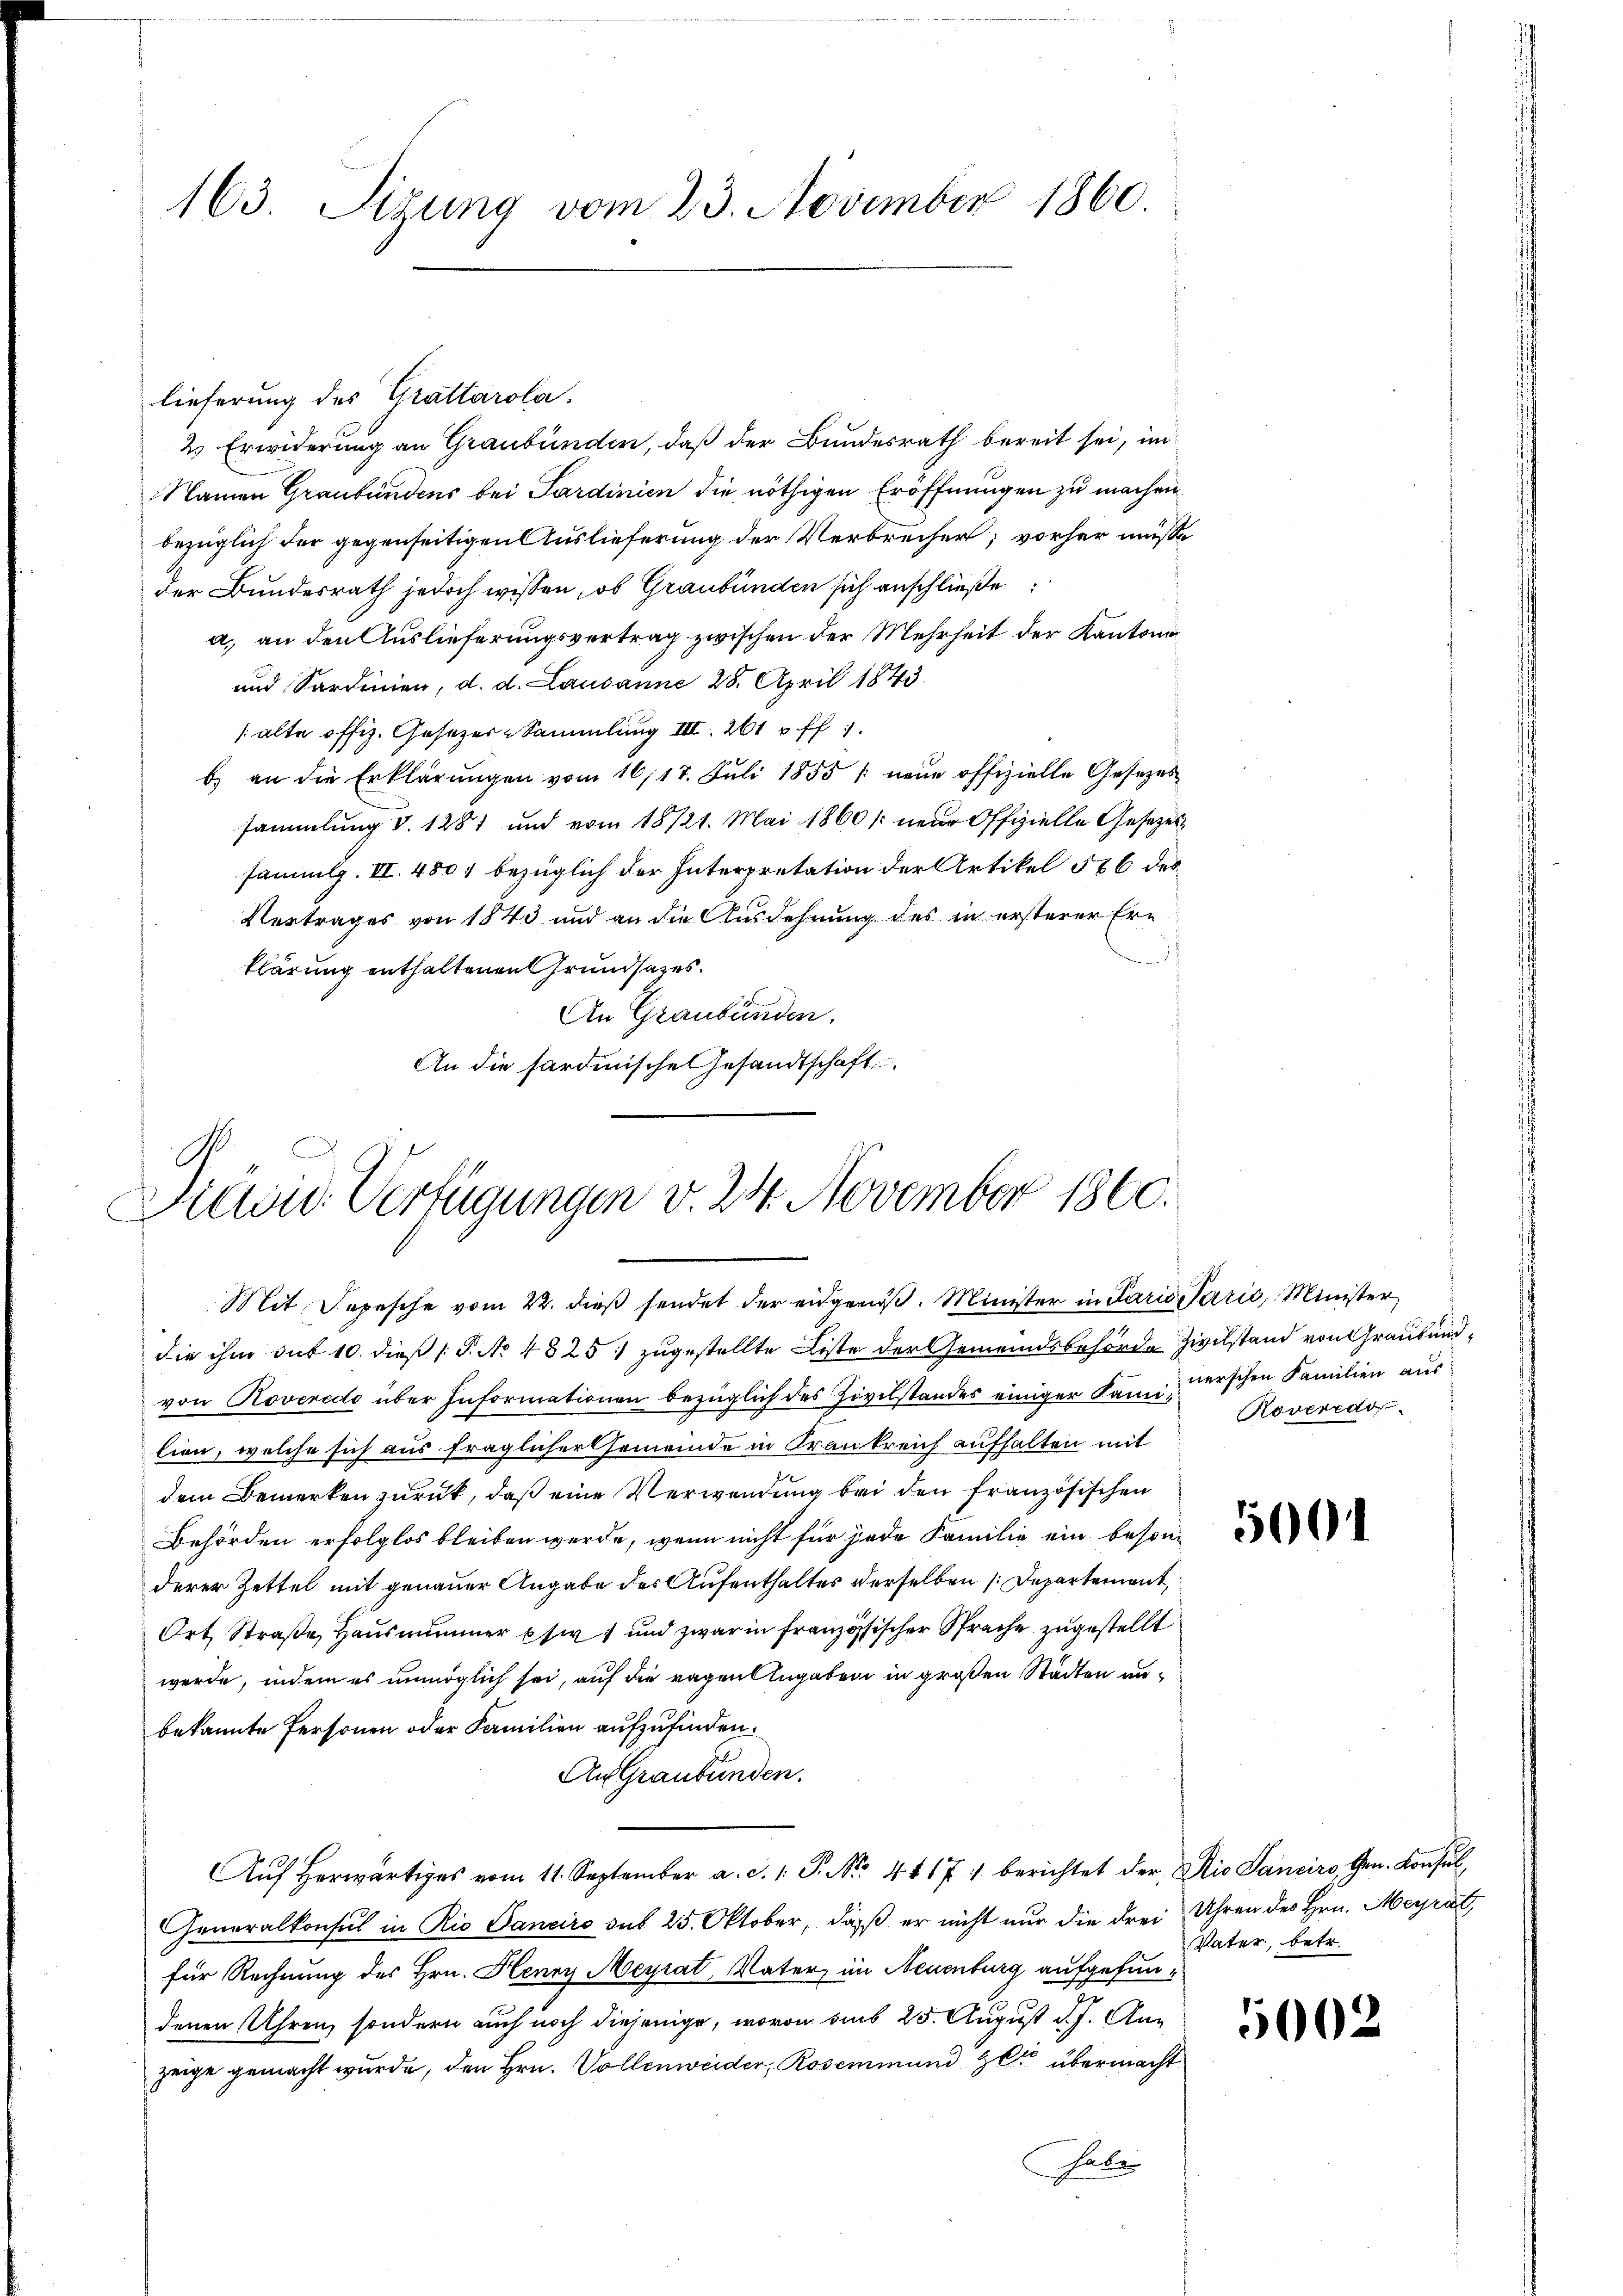
163. Sizung vom 23. November 1860.

lieferung des Grattarola.
2.) Erwiderung an Graubünden, daß der Bundesrath bereit sei, im
Namen Graubündens bei Sardinien die nöthigen Eröffnungen zu machen.
bezüglich der gegenseitigen Auslieferung der Verbrecher; vorher müsse
der Bundesrath jedoch wissen, ob Graubünden sich anschließe
a. an den Auslieferungsvertrag zwischen der Mehrheit der Kantona
und Sardinien, d. d. Lausanne 28. April 1843.
(alte offiz. Gesezes-Sammlung III 261 ff.
b) an die Erklärungen vom 16/17. Juli 1855 neue offizielle Gesezessammlung v. 1281 und vom 18/21. Mai 1860 /: neue Offizielle Gesezessammlg. II. 4801 bezüglich der Interpretation der Artikel 586 des¬
Vertrages von 1843 und an die Ausdehnung des in ersterer Ern

klärung enthaltenen Grundsatzes.
An Graubünden.
An die sardinische Gesandtschaft

Präsid. Verfügungen v. 24. November 1860.

die ihm sub 10. dieß (T. No 4825. zugestellte Liste der Gemeindsbehörde Zivilstand von Graubunvon Roveredo über Informationen bezüglich des Zivilstandes einiger Kami, derschen Familien aus
lien, welche sich aus fraglicher Gemeinde in Krankreich aufhalten mit
dem Bemerken zurück, daß eine Verwendung bei den französischen
Behörden erfolglos bleiben werde, wenn nicht für jede Familie ein besonderer Zettel mit genauer Angabe des Aufenthaltes derselben (Departement
Ort Straße, Hausnummer psw 1 und zwar in französischer Spreche zugestellt
werde, indem es unmöglich sei, auf die ragen Angaben in großen Städten anbekannte Personen oder Familien aufzufinden.
Aus Graubünden.
Aŭf herwärtiges vom 11. September a. c. 1. P. Nr. 417. berichtet der Rio Sancirs, Gen. Konsul
Generalkonsul in Rio Sanciro sub 25. Oktober, daß er nicht nur die drei Uhren des Hrn. Meyrat
für Rechnung des Hrn. Henry Meyrat, Vater im Neuenburg aufgefundenen Uhren, sondern auch noch diejenige, wovon aus 25. August d. J. Anzeige gemacht wurde, den Hrn. Vollenweider, Rosenmund zu übermacht
habe

Mit Sopesche vom 24. dieß sendet der eidgenöß. Minister in Paris Parić, Minister,

Roveredo

5001

Vater, betr.

5002